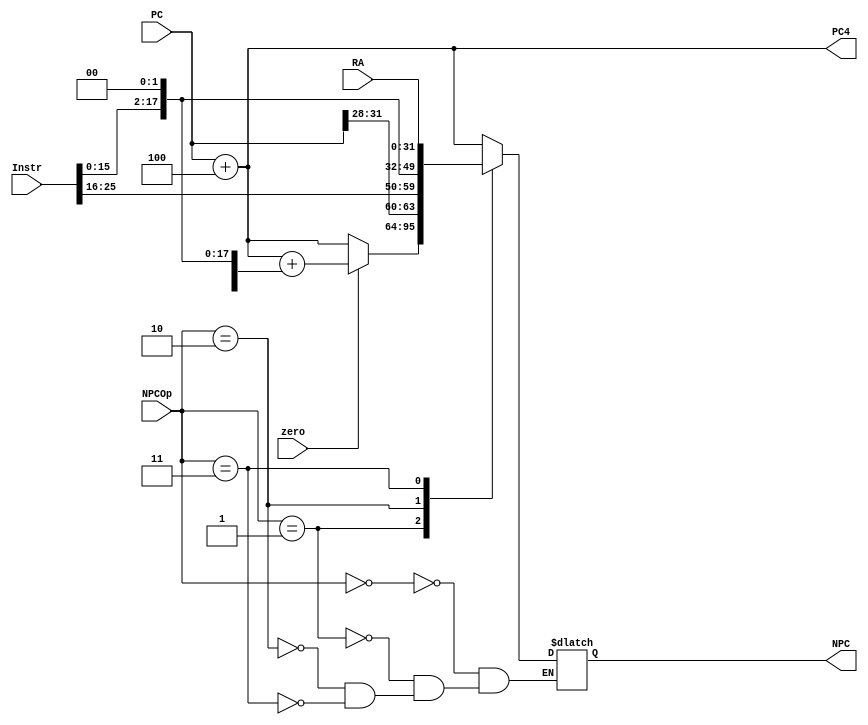
`timescale 1ns / 1ps
//////////////////////////////////////////////////////////////////////////////////
// Company: 
// Engineer: 
// 
// Design Name: 
// Module Name:    NPC 
// Project Name: 
// Target Devices: 
// Tool versions: 
// Description: 
//
// Dependencies: 
//
// Revision: 
// Revision 0.01 - File Created
// Additional Comments: 
//
//////////////////////////////////////////////////////////////////////////////////
module NPC(
    input [31:0] PC,
    input [2:0] NPCOp,
    input [31:0] Instr,
    input [31:0] RA,
    input zero,
    output reg [31:0] NPC,
    output [31:0] PC4
    );
	 
	 parameter PC_4 = 3'b000,
	           BEQ  = 3'b001,
				  JAL  = 3'b010,
				  JR   = 3'b011;
				  
	 always@(*) begin
	     case(NPCOp)
		      PC_4 : NPC = PC + 4;
				BEQ  : NPC = (zero==1)? PC + 4 + {{14{Instr[15]}},Instr[15:0],2'b00} : PC + 4;
				JAL  : NPC = {PC[31:28],Instr[25:0],2'b00};
				JR   : NPC = RA;	      //
		  endcase
	 end
	 
    assign PC4 = PC + 4;
endmodule